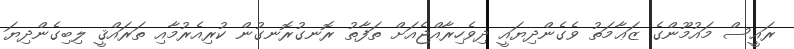
ރައީސް މައުމޫންގެ ޒަޢާމަތު ވެގެންދިޔައީ ދިވެހިރާއްޖެއަށް ތަފާތު ރޮނގުރޮނގުން ކުރިއެރުމާއި ތަރައްޤީ ލިބިގެންދިޔަ